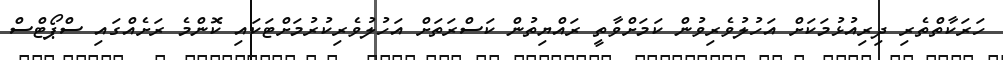
ހަރަކާތްތެރި ދިރިއުޅުމަކަށް އަހުލުވެރިވުން ކަމަށްވާތީ ރައްޔިތުން ކަސްރަތަށް އަހުލުވެރިކުރުމަށްޓަކައި ކޮންމެ ރަށެއްގައި ސްޕޯޓްސް